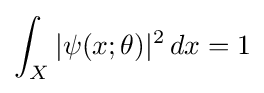
\int _{X}\vert \psi (x;\theta )\vert ^{2}\,dx=1